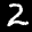
Label: 2